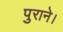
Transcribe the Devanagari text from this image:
पुराने।